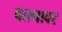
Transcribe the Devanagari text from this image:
वतनावर